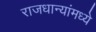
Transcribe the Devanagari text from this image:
राजधान्यांमध्ये